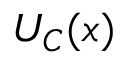
U _ { C } ( { \boldsymbol { x } } )